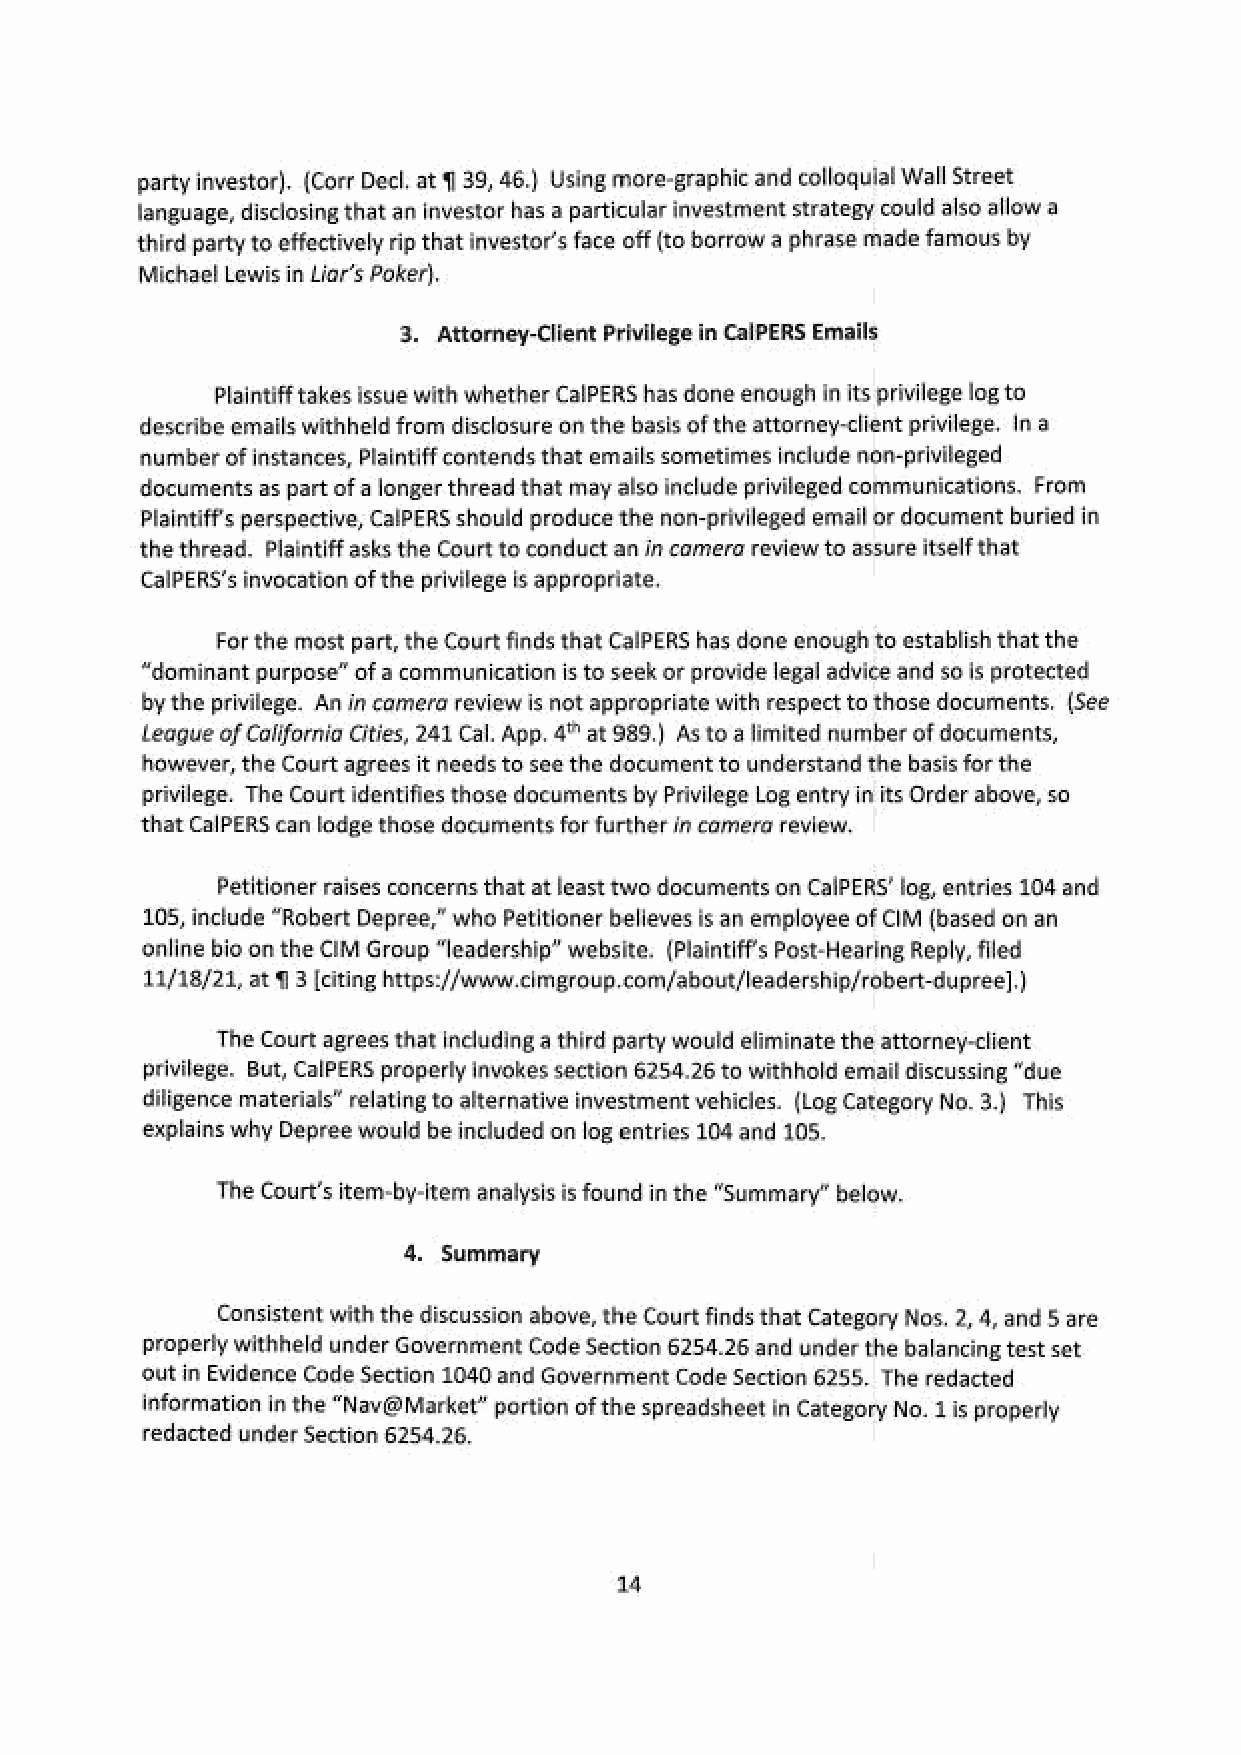
party investor). (Corr Decl. at 139, 46.) Using more-graphic and colloquial Wall Street
 language, disclosing that an investor has a particular investment strategy could also allow a
 third party to effectively rip that investor's face off (to borrow a phrase made famous by
 Michael Lewis in Liar’s Poker)
 3. Attorney-Client Privilegein CalPERS Email
 Plaintiff takes issue with whether CalPERS has done enough in its privilege log to
 describe emails withheld from disclosure on the basis of the attorney-client privilege. In a
 ‘umberof instances, Plaintiff contends that emails sometimes include non-privileged
 documents as part of a longer thread that may also include privileged communications. From
 Plaintiff's perspective, CalPERS should produce the non-privileged email or document buried in
 the thread. Plaintiff asks the Court to conduct an in camera reviewto assure itself that
 CalPERS's invocatoif otnhe privilege is appropriate
 For the most part, the Court finds that CalPERS has done enough to establish that the
 “dominant purpose” of a communication is to seek or provide legal advice and so is protected
 by the privilege. An in camera review is not appropriate with respect to those documents. (See
 League of California Cities, 241 Cal. App. 4" at 989.) As toa limited number of documents,
 however, the Court agrees it needs to see the document to understand the basis for the
 privilege. The Court identifies those documents by Privilege Log entry in its Order above, so
 that CalPERS can lodge those documents for further in comera review.
 Petitioner raises concerns that at least two documents on CalPERS’ log, entries 104 and,
 105, include “Robert Depree,” who Petitioner believes is an employee of CIM (based on an
 ‘online bio on the CIM Group “leadership” website. (Plaintiff's Post-Hearing Reply, fled
 11/18/21, at 93 [citing https://www.cimgroup.com/about/leadership/robert-dupree].)
 The Court agrees that including a third party would eliminate the attorney-client
 privilege. But, CalPERS properly Invokes section 6254.26 to withhold email discussing “due
 diligence materials" relating to alternative investment vehicles. (Log Category No. 3.) This
 explains why Depree would be included on log entries 104 and 105,
 The Court's item-by-item analysis is found in the “Summary” below.
 4. Summary
 Consistent with the discussion above, the Court finds that Category Nos, 2, 4, and 5 are
 Properly withheld under Government Code Section 6254.26 and under the balancing test set
 ‘out in Evidence Code Section 1040 and Government Code Section 6255. The redacted
 information in the “Nav@Market” portion of the spreadsheet in Category No. 1is properly
 redacted under Section 6254.26.
 uw